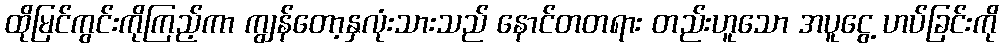
ထိုမြင်ကွင်းကိုကြည့်ကာ ကျွန်တော့နှလုံးသားသည် နောင်တတရား တည်းဟူသော အပူငွေ့ ဟပ်ခြင်းကို